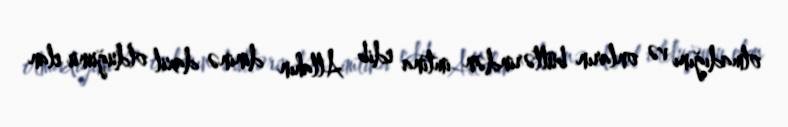
olmadığını və onların bütlərindən imtina edib Allahın dininə daxil olduğunu elan